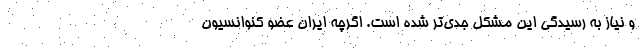
و نیاز به رسیدگی این مشکل جدی‌تر شده است. اگرچه ایران عضو کنوانسیون